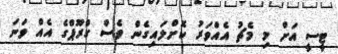
ޓީސީ އަށް މި މެޗު އެއްވަރު ކޮށްލައިގެން ވެސް ގްރޫޕްގެ އެއް ވަނަ